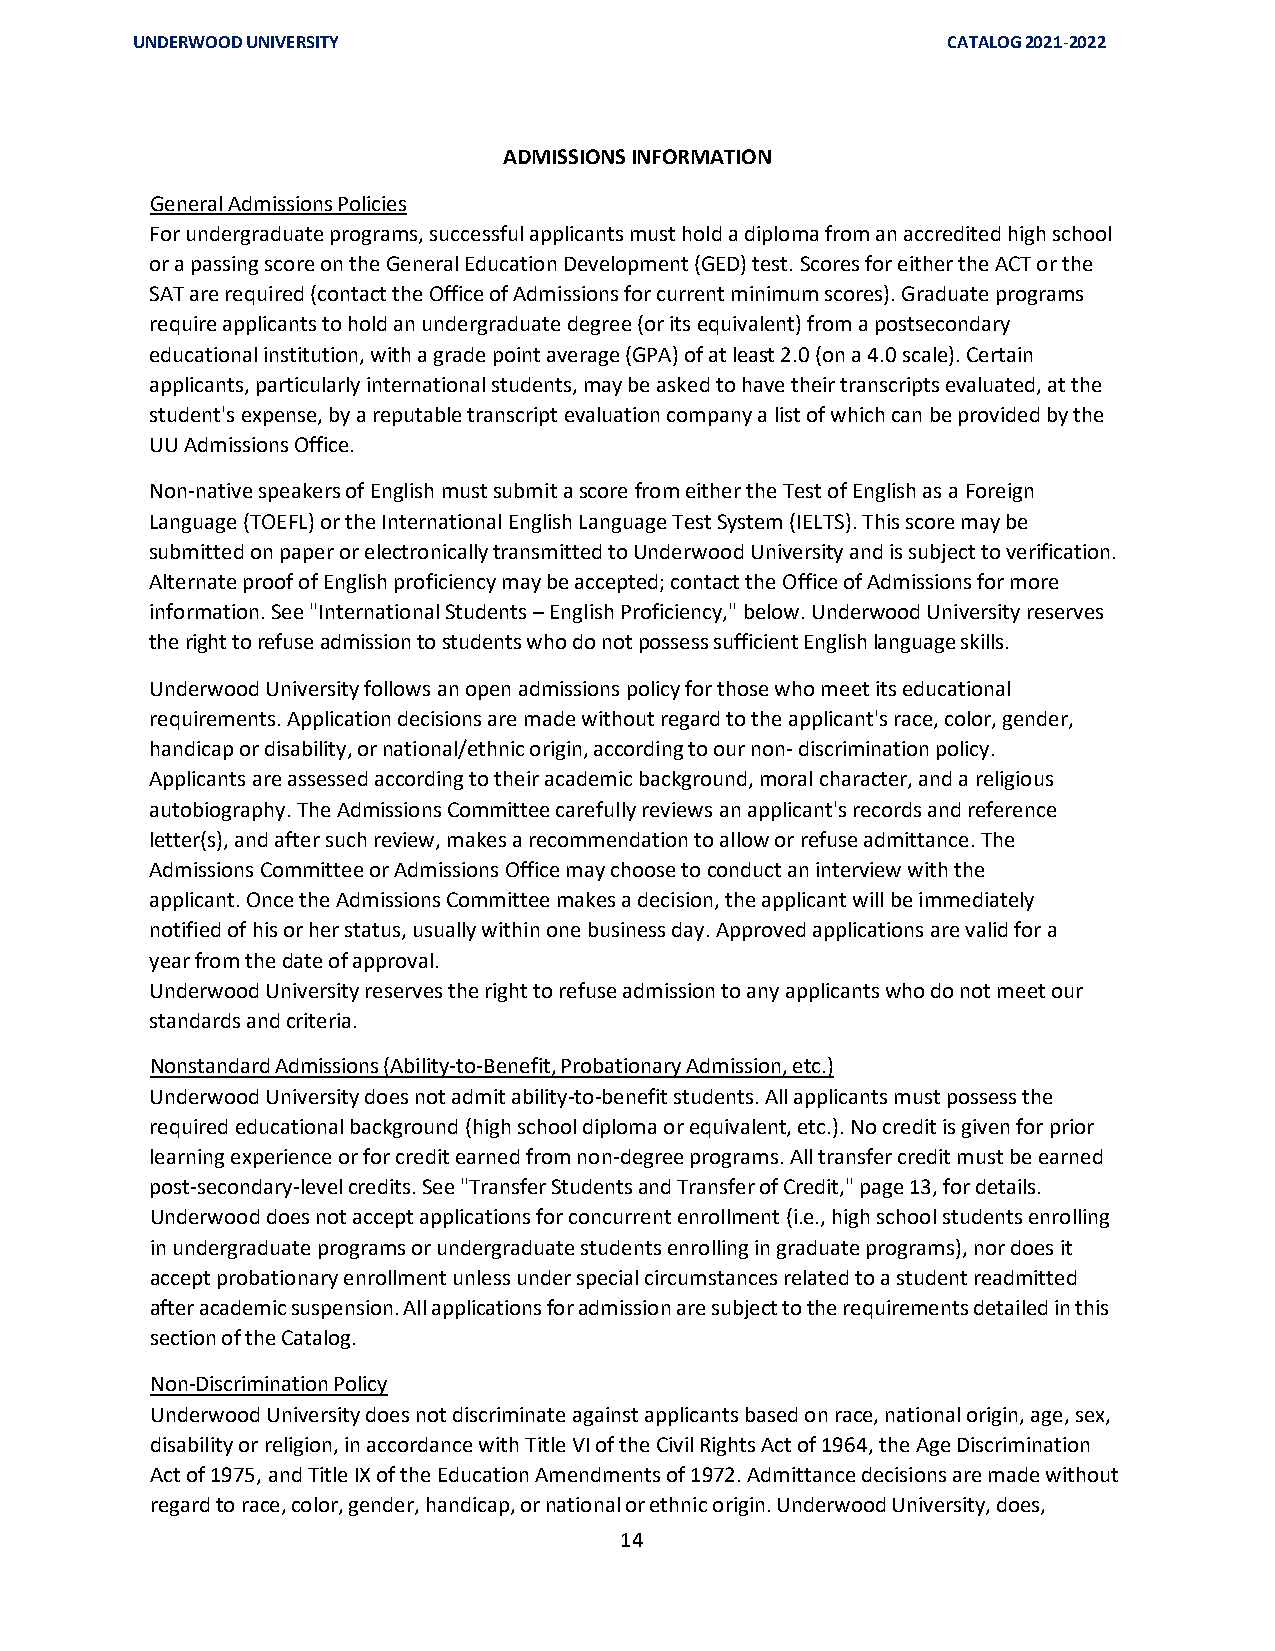
UNDERWOOD UNIVERSITY                                  CATALOG 2021-2022
 ADMISSIONS INFORMATION
 General Admissions Policies
 For undergraduate programs, successful applicants must hold a diploma from an accredited high school
 or a passing score on the General Education Development (GED) test. Scores for either the ACT or the
 SAT are required (contact the Office of Admissions for current minimum scores). Graduate programs
 require applicants to hold an undergraduate degree (or its equivalent) from a postsecondary
 educational institution, with a grade point average (GPA) of at least 2.0 (on a 4.0 scale). Certain
 applicants, particularly international students, may be asked to have their transcripts evaluated, at the
 student's expense, by a reputable transcript evaluation company a list of which can be provided by the
 UU Admissions Office.
 Non-native speakers of English must submit a score from either the Test of English as a Foreign
 Language (TOEFL) or the International English Language Test System (IELTS). This score may be
 submitted on paper or electronically transmitted to Underwood University and is subject to verification.
 Alternate proof of English proficiency may be accepted; contact the Office of Admissions for more
 information. See "International Students – English Proficiency," below. Underwood University reserves
 the right to refuse admission to students who do not possess sufficient English language skills.
 Underwood University follows an open admissions policy for those who meet its educational
 requirements. Application decisions are made without regard to the applicant's race, color, gender,
 handicap or disability, or national/ethnic origin, according to our non- discrimination policy.
 Applicants are assessed according to their academic background, moral character, and a religious
 autobiography. The Admissions Committee carefully reviews an applicant's records and reference
 letter(s), and after such review, makes a recommendation to allow or refuse admittance. The
 Admissions Committee or Admissions Office may choose to conduct an interview with the
 applicant. Once the Admissions Committee makes a decision, the applicant will be immediately
 notified of his or her status, usually within one business day. Approved applications are valid for a
 year from the date of approval.
 Underwood University reserves the right to refuse admission to any applicants who do not meet our
 standards and criteria.
 Nonstandard Admissions (Ability-to-Benefit, Probationary Admission, etc.)
 Underwood University does not admit ability-to-benefit students. All applicants must possess the
 required educational background (high school diploma or equivalent, etc.). No credit is given for prior
 learning experience or for credit earned from non-degree programs. All transfer credit must be earned
 post-secondary-level credits. See "Transfer Students and Transfer of Credit," page 13, for details.
 Underwood does not accept applications for concurrent enrollment (i.e., high school students enrolling
 in undergraduate programs or undergraduate students enrolling in graduate programs), nor does it
 accept probationary enrollment unless under special circumstances related to a student readmitted
 after academic suspension. All applications for admission are subject to the requirements detailed in this
 section of the Catalog.
 Non-Discrimination Policy
 Underwood University does not discriminate against applicants based on race, national origin, age, sex,
 disability or religion, in accordance with Title VI of the Civil Rights Act of 1964, the Age Discrimination
 Act of 1975, and Title IX of the Education Amendments of 1972. Admittance decisions are made without
 regard to race, color, gender, handicap, or national or ethnic origin. Underwood University, does,
 14